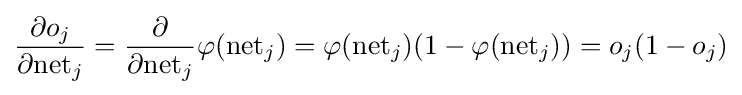
{\frac {\partial o_{j}}{\partial {\text{net}}_{j}}}={\frac {\partial }{\partial {\text{net}}_{j}}}\varphi ({\text{net}}_{j})=\varphi ({\text{net}}_{j})(1-\varphi ({\text{net}}_{j}))=o_{j}(1-o_{j})